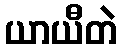
ယာယီတဲ